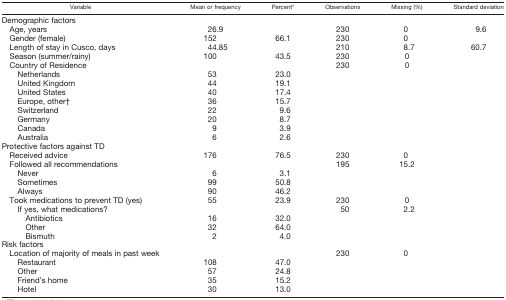
<table><thead><tr><td><b>Variable</b></td><td><b>Mean or frequency</b></td><td><b>Percent*</b></td><td><b>Observations</b></td><td><b>Missing (%)</b></td><td><b>Standard deviation</b></td></tr></thead><tbody><tr><td colspan="6">Demographic factors</td></tr><tr><td> Age, years</td><td>26.9</td><td></td><td>230</td><td>0</td><td>9.6</td></tr><tr><td> Gender (female)</td><td>152</td><td>66.1</td><td>230</td><td>0</td><td></td></tr><tr><td> Length of stay in Cusco, days</td><td>44.85</td><td></td><td>210</td><td>8.7</td><td>60.7</td></tr><tr><td> Season (summer/rainy)</td><td>100</td><td>43.5</td><td>230</td><td>0</td><td></td></tr><tr><td> Country of Residence</td><td></td><td></td><td>230</td><td>0</td><td></td></tr><tr><td>Netherlands</td><td>53</td><td>23.0</td><td></td><td></td><td></td></tr><tr><td>United Kingdom</td><td>44</td><td>19.1</td><td></td><td></td><td></td></tr><tr><td>United States</td><td>40</td><td>17.4</td><td></td><td></td><td></td></tr><tr><td>Europe, other†</td><td>36</td><td>15.7</td><td></td><td></td><td></td></tr><tr><td>Switzerland</td><td>22</td><td>9.6</td><td></td><td></td><td></td></tr><tr><td>Germany</td><td>20</td><td>8.7</td><td></td><td></td><td></td></tr><tr><td>Canada</td><td>9</td><td>3.9</td><td></td><td></td><td></td></tr><tr><td>Australia</td><td>6</td><td>2.6</td><td></td><td></td><td></td></tr><tr><td colspan="6">Protective factors against TD</td></tr><tr><td> Received advice</td><td>176</td><td>76.5</td><td>230</td><td>0</td><td></td></tr><tr><td> Followed all recommendations</td><td></td><td></td><td>195</td><td>15.2</td><td></td></tr><tr><td>Never</td><td>6</td><td>3.1</td><td></td><td></td><td></td></tr><tr><td>Sometimes</td><td>99</td><td>50.8</td><td></td><td></td><td></td></tr><tr><td>Always</td><td>90</td><td>46.2</td><td></td><td></td><td></td></tr><tr><td> Took medications to prevent TD (yes)</td><td>55</td><td>23.9</td><td>230</td><td>0</td><td></td></tr><tr><td>If yes, what medications?</td><td></td><td></td><td>50</td><td>2.2</td><td></td></tr><tr><td>Antibiotics</td><td>16</td><td>32.0</td><td></td><td></td><td></td></tr><tr><td>Other</td><td>32</td><td>64.0</td><td></td><td></td><td></td></tr><tr><td>Bismuth</td><td>2</td><td>4.0</td><td></td><td></td><td></td></tr><tr><td colspan="6">Risk factors</td></tr><tr><td> Location of majority of meals in past week</td><td></td><td></td><td>230</td><td>0</td><td></td></tr><tr><td>Restaurant</td><td>108</td><td>47.0</td><td></td><td></td><td></td></tr><tr><td>Other</td><td>57</td><td>24.8</td><td></td><td></td><td></td></tr><tr><td>Friend&#x27;s home</td><td>35</td><td>15.2</td><td></td><td></td><td></td></tr><tr><td>Hotel</td><td>30</td><td>13.0</td><td></td><td></td><td></td></tr></tbody></table>